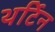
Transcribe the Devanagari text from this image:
थर्टिन